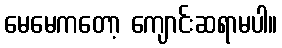
မေမေကတော့ ကျောင်းဆရာမပါ။